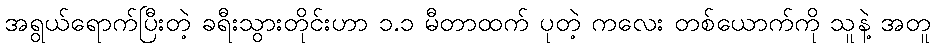
အရွယ်ရောက်ပြီးတဲ့ ခရီးသွားတိုင်းဟာ ၁.၁ မီတာထက် ပုတဲ့ ကလေး တစ်ယောက်ကို သူနဲ့ အတူ